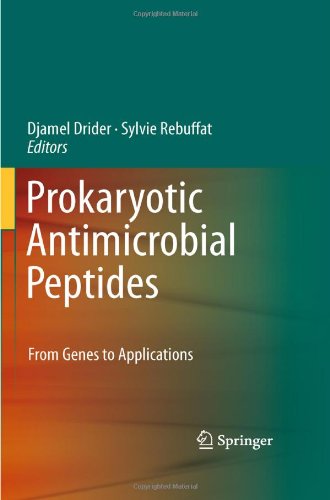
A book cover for Prokaryotic Antimicrobial Peptides: From Genes to Applications; Medical Books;